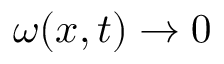
\boldsymbol { \omega } ( \boldsymbol { x } , t ) \rightarrow \boldsymbol { 0 }